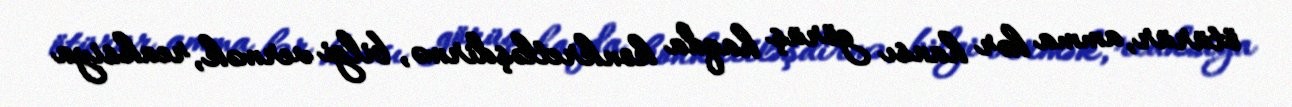
ötürür, amma hər hansı görüş haqda konkretləşdirmə, bilgi vermək, reaksiya